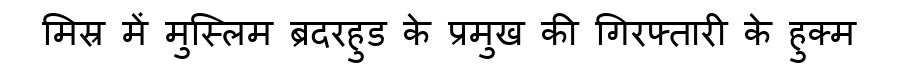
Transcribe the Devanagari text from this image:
मिस्र में मुस्लिम ब्रदरहुड के प्रमुख की गिरफ्तारी के हुक्म